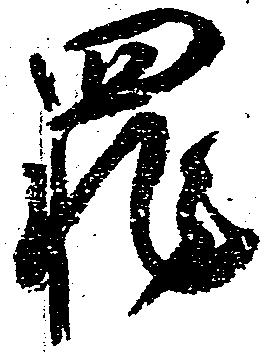
罪